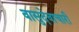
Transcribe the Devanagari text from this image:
वासुदेवाचारी